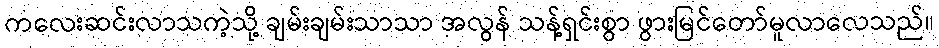
ကလေးဆင်းလာသကဲ့သို့ ချမ်းချမ်းသာသာ အလွန် သန့်ရှင်းစွာ ဖွားမြင်တော်မူလာလေသည်။